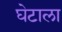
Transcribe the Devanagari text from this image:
घेटाला